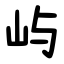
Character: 屿